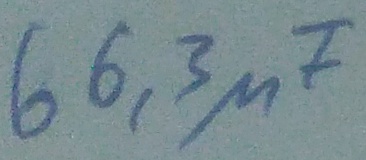
Text: 66,3µF